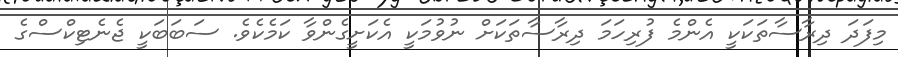
މިފަދަ ދިރާސާތަކަކީ އެންމެ ފުރިހަމަ ދިރާސާތަކަށް ނުވުމަކީ އެކަށީގެންވާ ކަމެކެވެ. ސަބަބަކީ ޖެނެޓިކްސްގެ